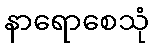
နာရောစေသုံ